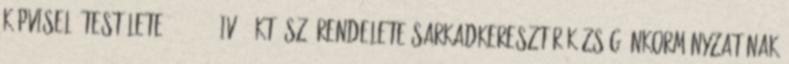
Képviselő-testülete. 6 2003. IV.7. KT. sz. rendelete Sarkadkeresztúr Község Önkormányzatának